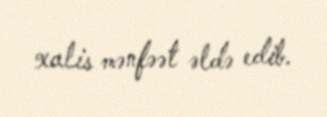
xalis mənfəət əldə edib.